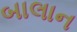
બાલાન